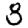
Digit: 8